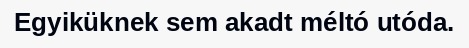
Egyiküknek sem akadt méltó utóda.